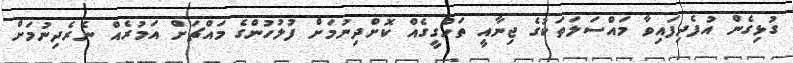
ގުޅިގެން އުފެދިފައިވާ މައްސަލަތަކުގެ ޖިނާއީ ތަހްގީގެއް ކޮށްދިނުމަށް ފުލުހުންގެ މައްޗަށް އަމުރެއް ނެރެދިނުމަށް